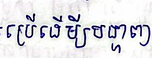
ប្រើដើម្បីបង្ហាញ